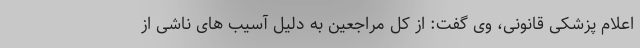
اعلام پزشکی قانونی، وی گفت: از کل مراجعین به دلیل آسیب های ناشی از